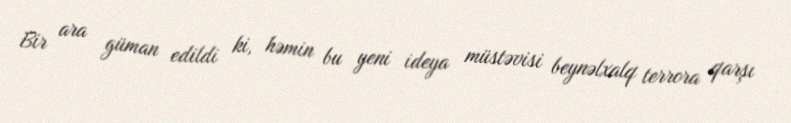
Bir ara güman edildi ki, həmin bu yeni ideya müstəvisi beynəlxalq terrora qarşı